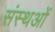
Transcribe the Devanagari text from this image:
संस्थओं